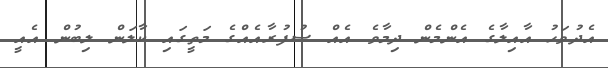
އެދުވަހު އާއިލާގެ އެންމެން ދިމާވެ އެއް ސުފުރާއެއްގެ މަތީގައި ކާލަން ލިބުން އެއީ